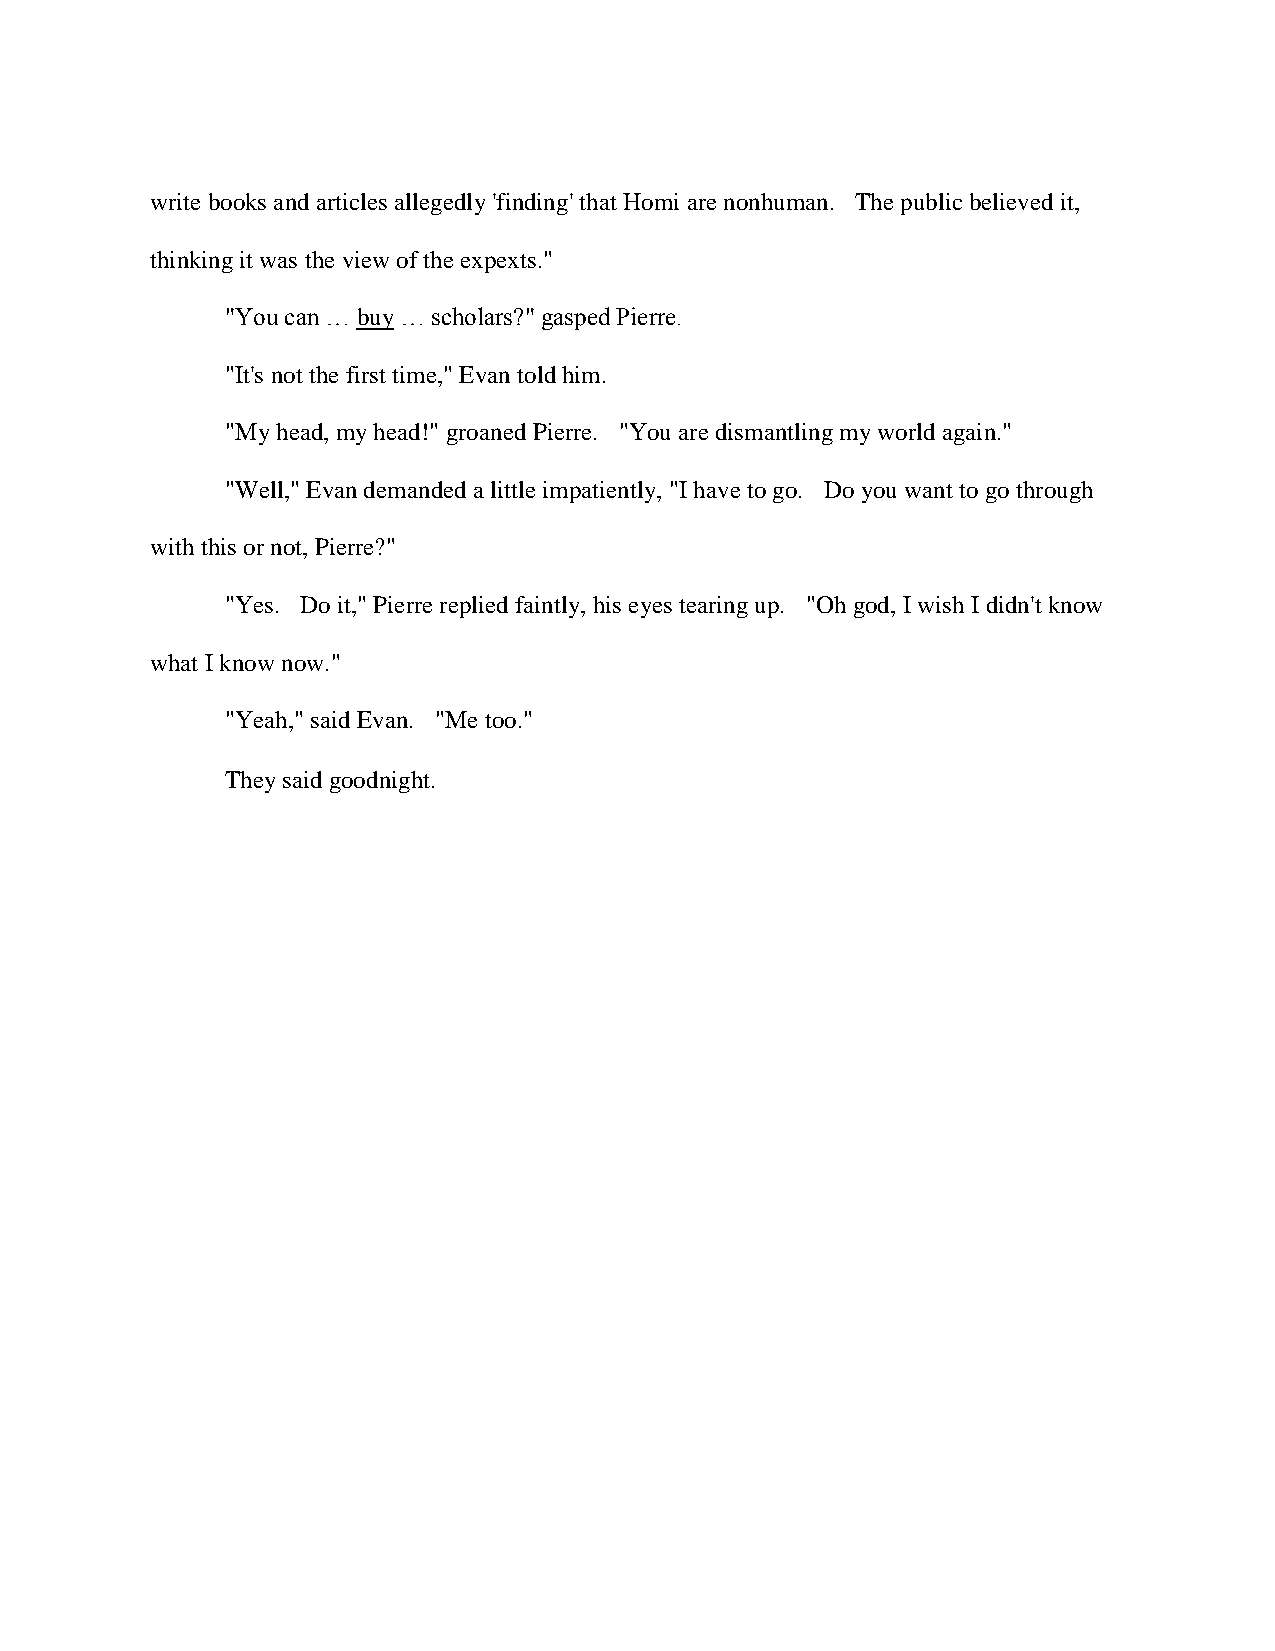
write books and articles allegedly 'finding' that Homi are nonhuman. The public believed it,
 thinking it was the view of the expexts."
 "You can … buy … scholars?" gasped Pierre.
 "It's not the first time," Evan told him.
 "My head, my head!" groaned Pierre. "You are dismantling my world again."
 "Well," Evan demanded a little impatiently, "I have to go. Do you want to go through
 with this or not, Pierre?"
 "Yes. Do it," Pierre replied faintly, his eyes tearing up. "Oh god, I wish I didn't know
 what I know now."
 "Yeah," said Evan. "Me too."
 They said goodnight.